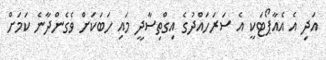
އަދި އެ އެއާޕޯޓަކީ އެ ސަރަހައްދުގެ އިގްތިސާދީ މައި ހަބަކަށް ވެގެންދާނެ ކަމަށް